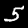
Digit: 5